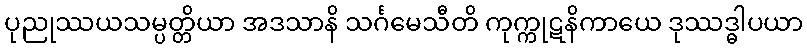
ပုညုဿယသမ္ပတ္တိယာ အဒသာနိ သင်္ဂမေသီတိ ကုက္ကုဋနိကာယေ ဒုဿဒ္ဓါပယာ